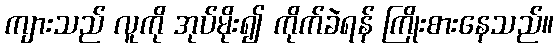
ကျားသည် လူကို အုပ်မိုး၍ ကိုက်ခဲရန် ကြိုးစားနေသည်။